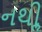
નથીૢ